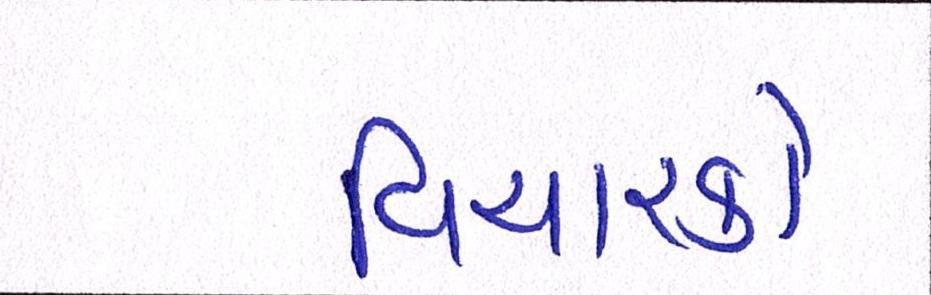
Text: વિચારકો